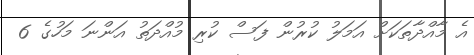
އެ މާއްދާތަކަށް އަމަލު ކުރުން ފަސް ކުރި މުއްދަތު އަންނަ މަހުގެ 6